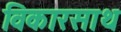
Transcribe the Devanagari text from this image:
विकारसाथ